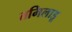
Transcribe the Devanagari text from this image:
तमिलाडू